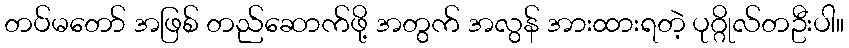
တပ်မတော် အဖြစ် တည်ဆောက်ဖို့ အတွက် အလွန် အားထားရတဲ့ ပုဂ္ဂိုလ်တဦးပါ။